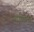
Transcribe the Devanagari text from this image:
हंडिल